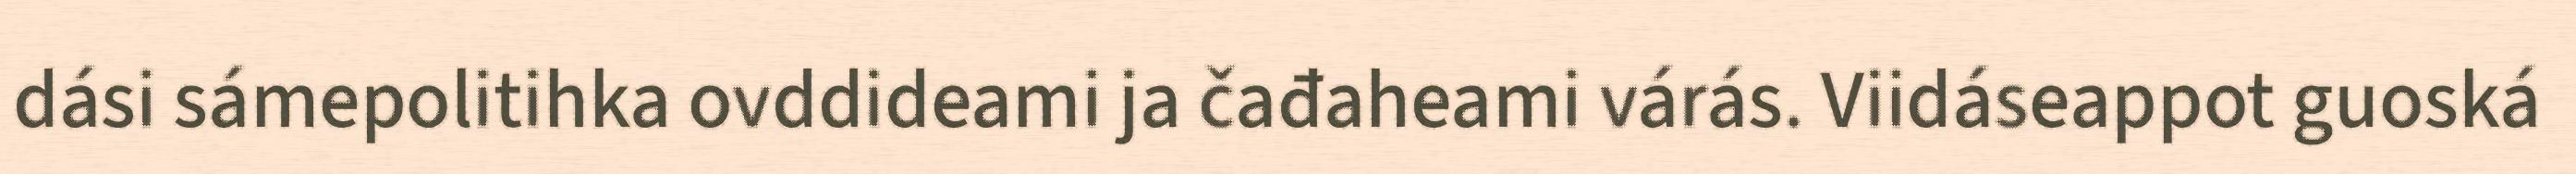
dási sámepolitihka ovddideami ja čađaheami várás. Viidáseappot guoská